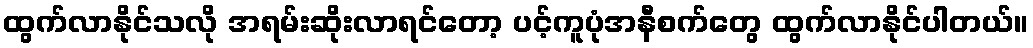
ထွက်လာနိုင်သလို အရမ်းဆိုးလာရင်တော့ ပင့်ကူပုံအနီစက်တွေ ထွက်လာနိုင်ပါတယ်။